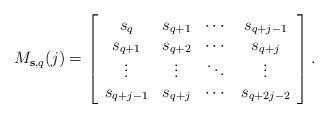
LaTeX: \begin{align*}M_{{\bf s},q} (j) = \left[\begin{array}{cccc}s_q & s_{q+1} & \cdots & s_{q+j-1} \\s_{q+1} & s_{q+2} & \cdots & s_{q+j} \\\vdots & \vdots & \ddots & \vdots \\s_{q+j-1} & s_{q+j} & \cdots & s_{q+2j-2}\end{array} \right] .\end{align*}